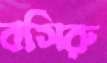
বসিরু